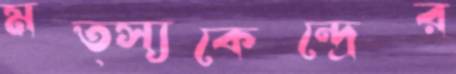
মত্স্যকেন্দ্রের